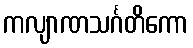
ကလျာဏသင်္ဂတိကော